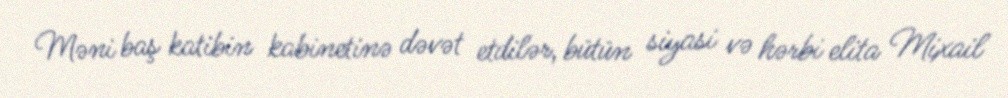
Məni baş katibin kabinetinə dəvət etdilər, bütün siyasi və hərbi elita Mixail